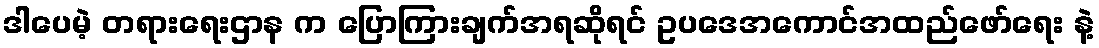
ဒါပေမဲ့ တရားရေးဌာန က ပြောကြားချက်အရဆိုရင် ဥပဒေအကောင်အထည်ဖော်ရေး နဲ့